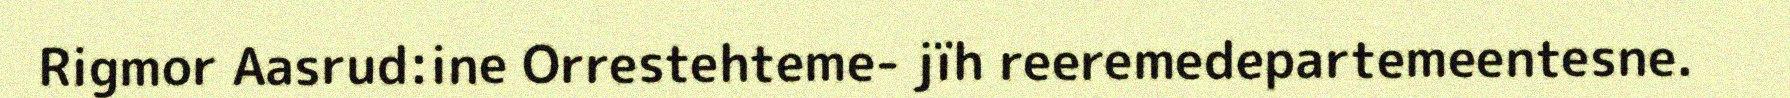
Rigmor Aasrud:ine Orrestehteme- jïh reeremedepartemeentesne.